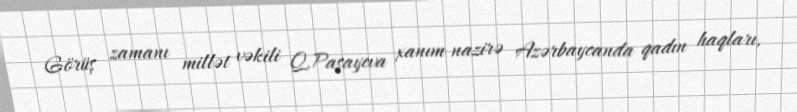
Görüş zamanı millət vəkili Q.Paşayeva xanım nazirə Azərbaycanda qadın haqları,